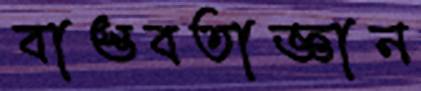
বাস্তবতাজ্ঞান